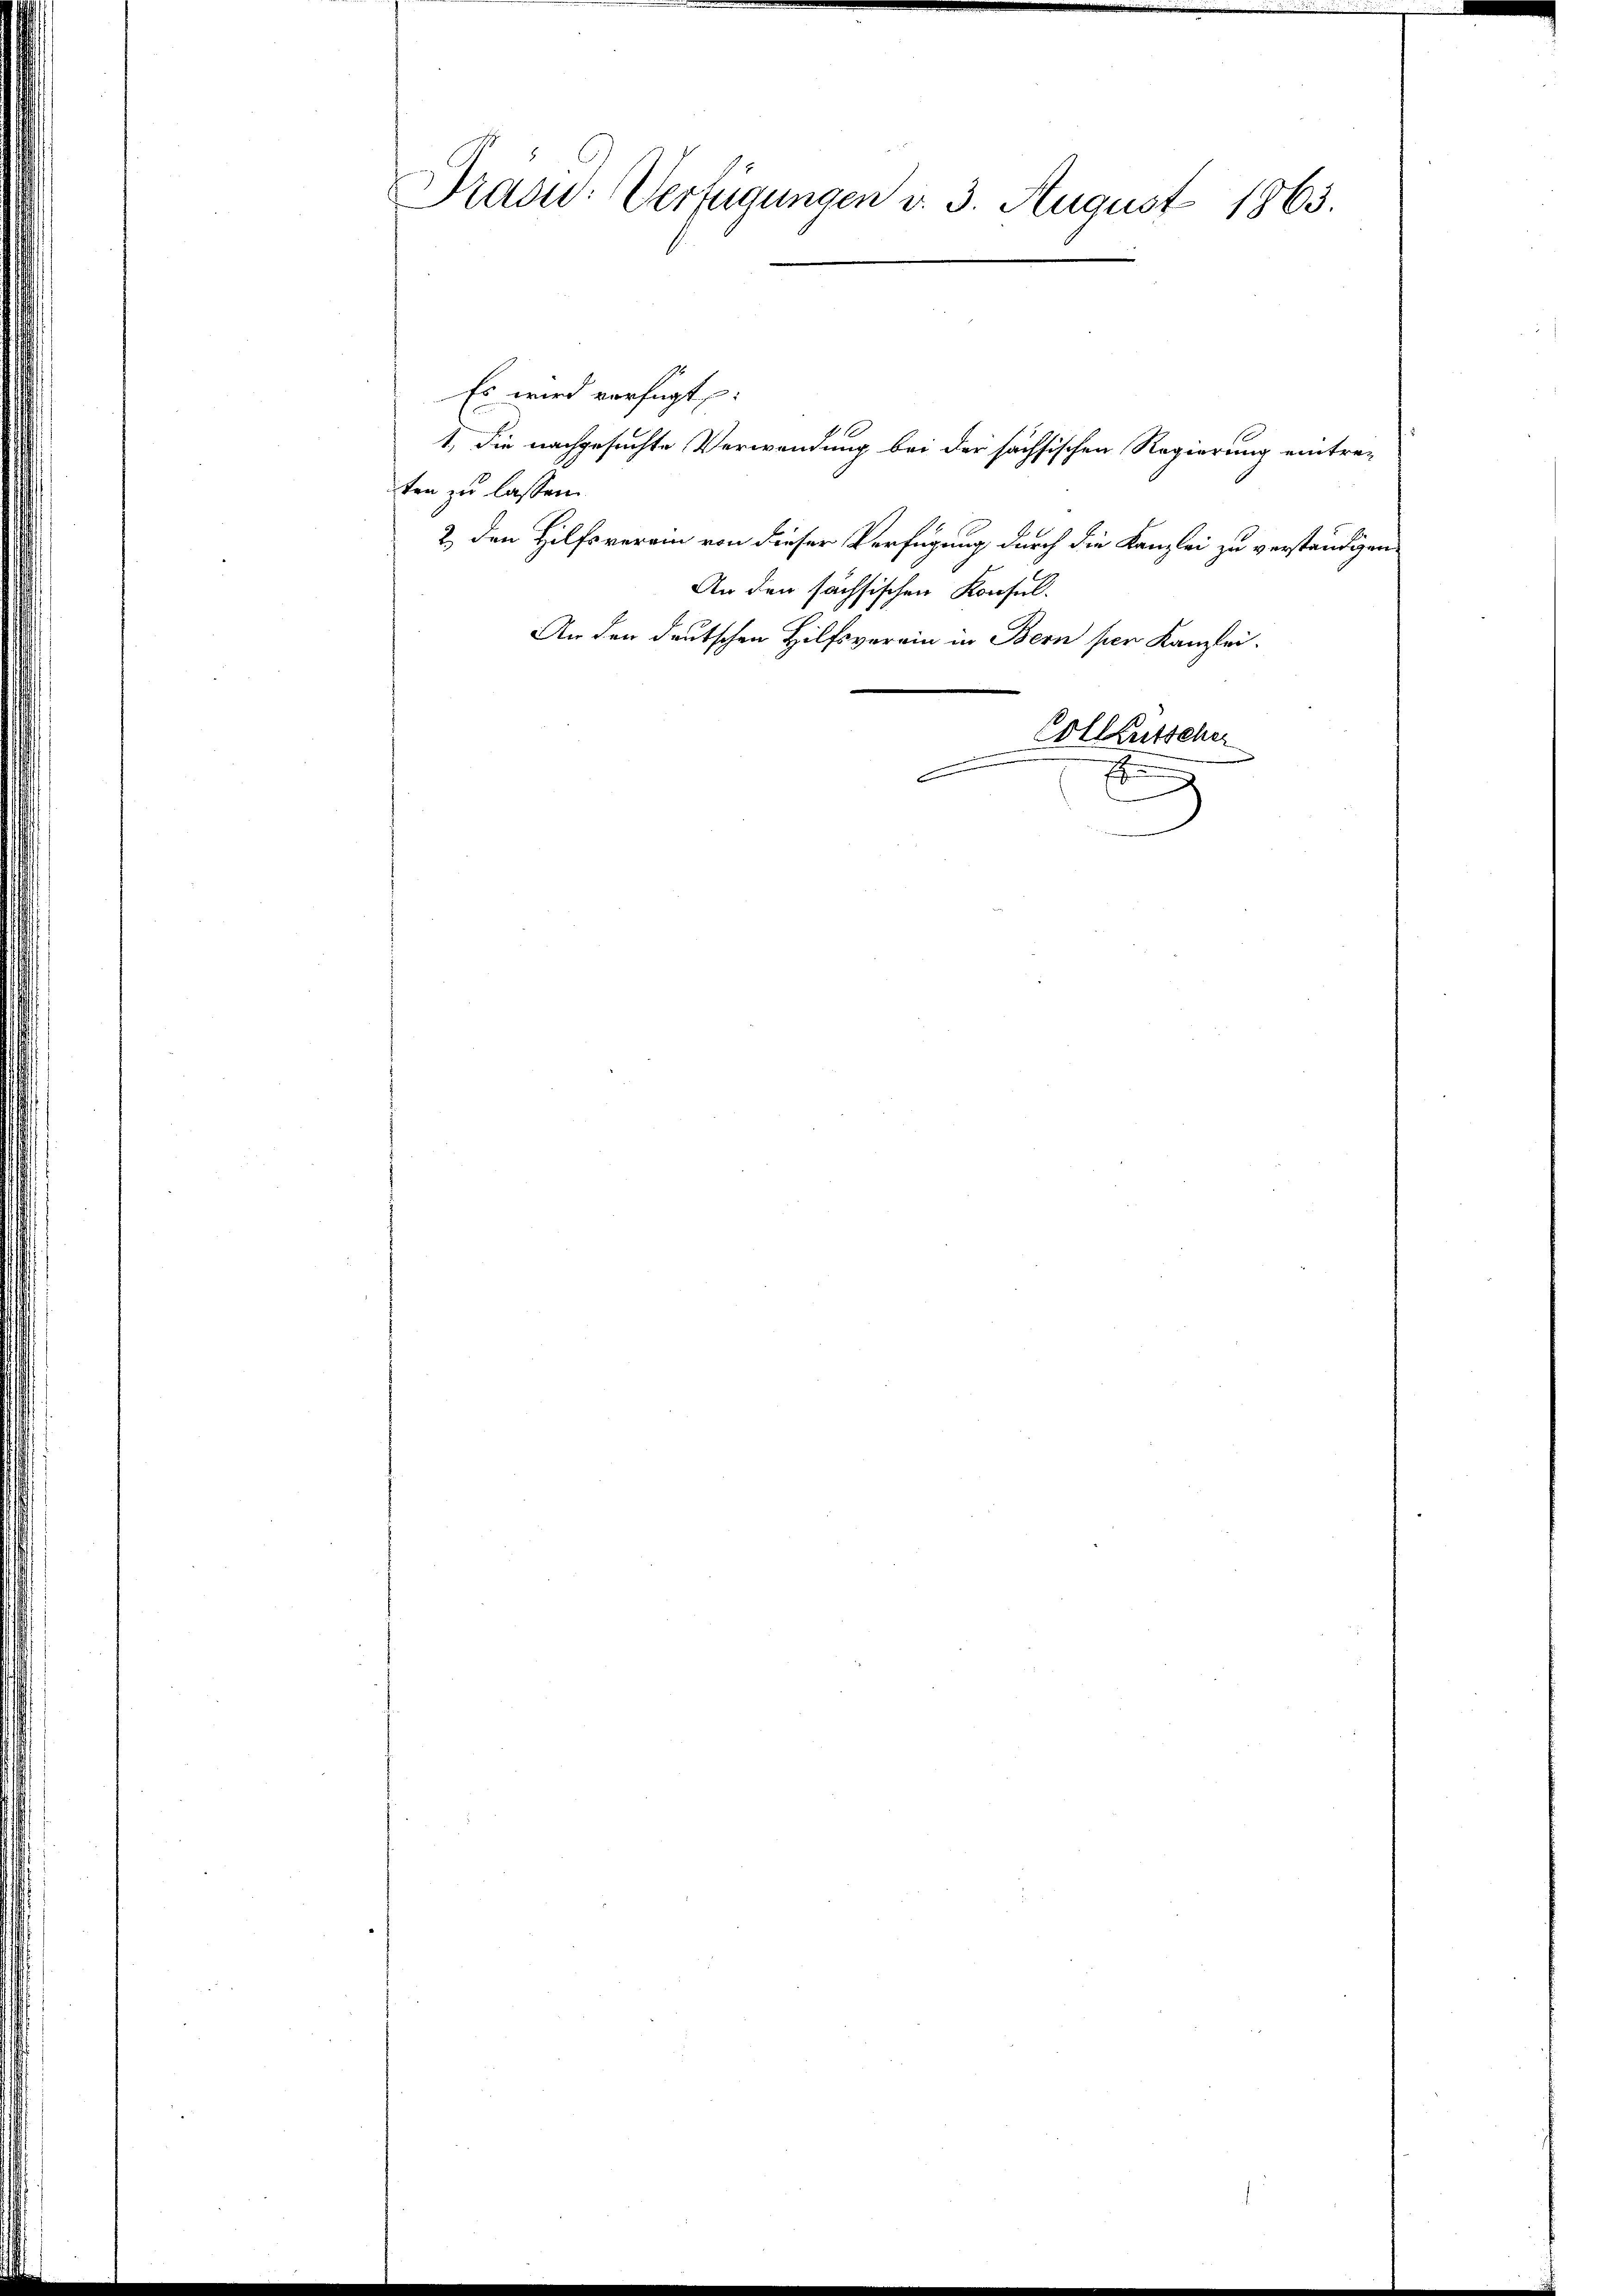
Präsid. Verfügungen d. 3. August 1863.

Es wird verfügt:
ten zu lassen.
2) den Hilfsverein von dieser Verfügung durch die Kanzlei zu verständigen.
An den sächsischen Konsul-
An der deutschen Hilfsverein in Bern per Kanzlei.
Colleutscher

1, die nachgesuchte Verwendung bei der sächsischen Regierung eintre-